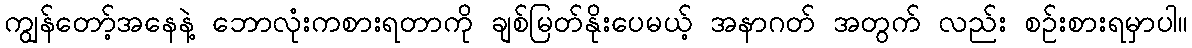
ကျွန်တော့်အနေနဲ့ ဘောလုံးကစားရတာကို ချစ်မြတ်နိုးပေမယ့် အနာဂတ် အတွက် လည်း စဉ်းစားရမှာပါ။